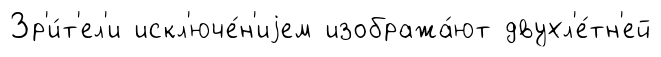
Зр'и́т'ел'и искл'юче́н'иjем изобража́ют двухл'е́тн'ей